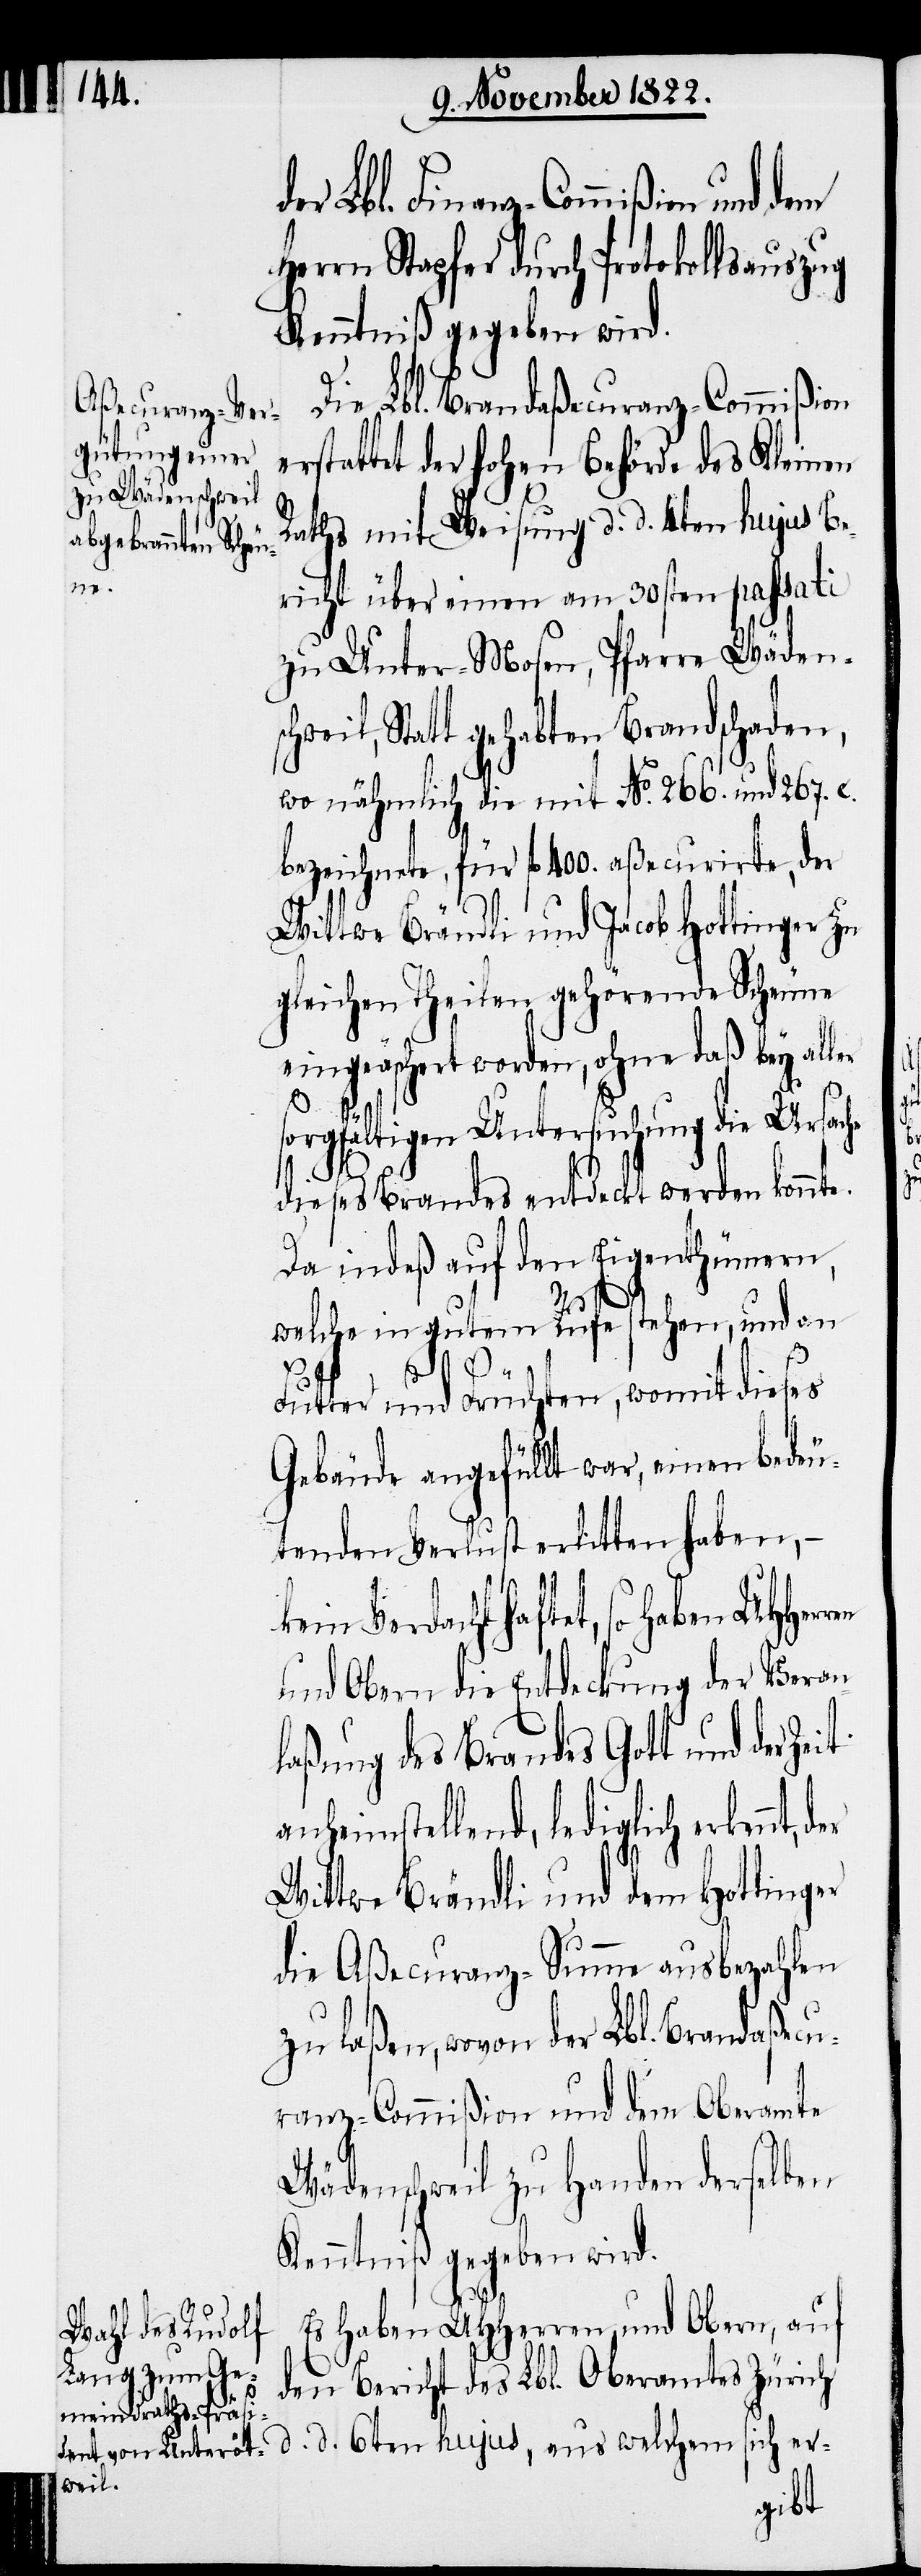
der Lbl. Finanz-Commißion und
Herrn Stapfer durch Protokollsauszug
Kenntniß gegeben wird.
Die Lbl. Brandaßecuranz-Commißion
rstattet der hohen Behörde des Kleinen
Rathes mit Weisung d. d. 4ten hujus Be¬
richt über einen am 30sten passati
zu Unter-Mosen, Pfarre Wädens¬
chweil, Statt gehabten Brandschaden,
wo nähmlich die mit No. 266. und 267. c.
bezeichnete, für fl. 400. aßecurirte, der
Wittwe Brändli und Jacob Hottinger zu
gleichen Theilen gehörende Scheune
eingeäschert worden, ohne daß bey aller
er-
sorgfältigen Untersuchung die Ursache
dieses Brandes entdeckt werden konnte.
Da indeß auf den Eigenthümern,
hujus,
welche in gutem Rufe stehen, und an
Futter und Früchten, womit dieses
Gebäude angefüllt war, einen bedeu¬
tenden Verlust erlitten haben, –
Verdacht haftet, so haben UHHer¬
und Obern die Entdeckung der Veran¬
laßung des Brandes Gott und der Zeit
anheimstellend, lediglich erkennt,
Wittwe Brändli und dem Hotting¬
die Aßecuranz-Summe ausbezahlen
zu laßen, wovon der Lbl. Brandaßec¬
uranz-Commißion und dem Oberamte
Wädenschweil zu Handen derselben
Kenntniß gegeben wird.
Es haben UHHerren und Obern, auf
den Bericht des Lbl. Oberamtes Zürich